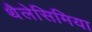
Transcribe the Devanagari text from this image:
थैलेसिमिया